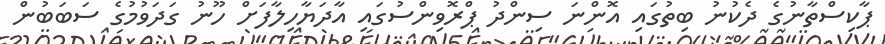
ޕާކިސްތާނުގެ ދެކުނު ބިތުގައި އޮންނަ ސިންދު ޕްރޮވިންސުގައި އާދަޔާހިލާފަށް ހޫނު ގަދަވުމުގެ ސަބަބުން